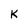
Character: K